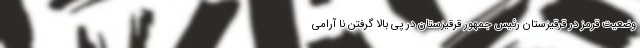
وضعیت قرمز در قرقیزستان رئیس جمهور قرقیزستان در پی بالا گرفتن نا آرامی